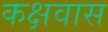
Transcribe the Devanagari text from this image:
कक्षवास